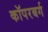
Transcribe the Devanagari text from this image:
कॉपरबर्ग